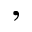
,